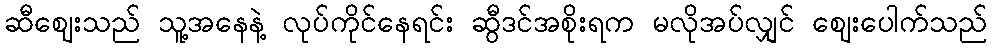
ဆီဈေးသည် သူ့အနေနဲ့ လုပ်ကိုင်နေရင်း ဆွီဒင်အစိုးရက မလိုအပ်လျှင် ဈေးပေါက်သည်